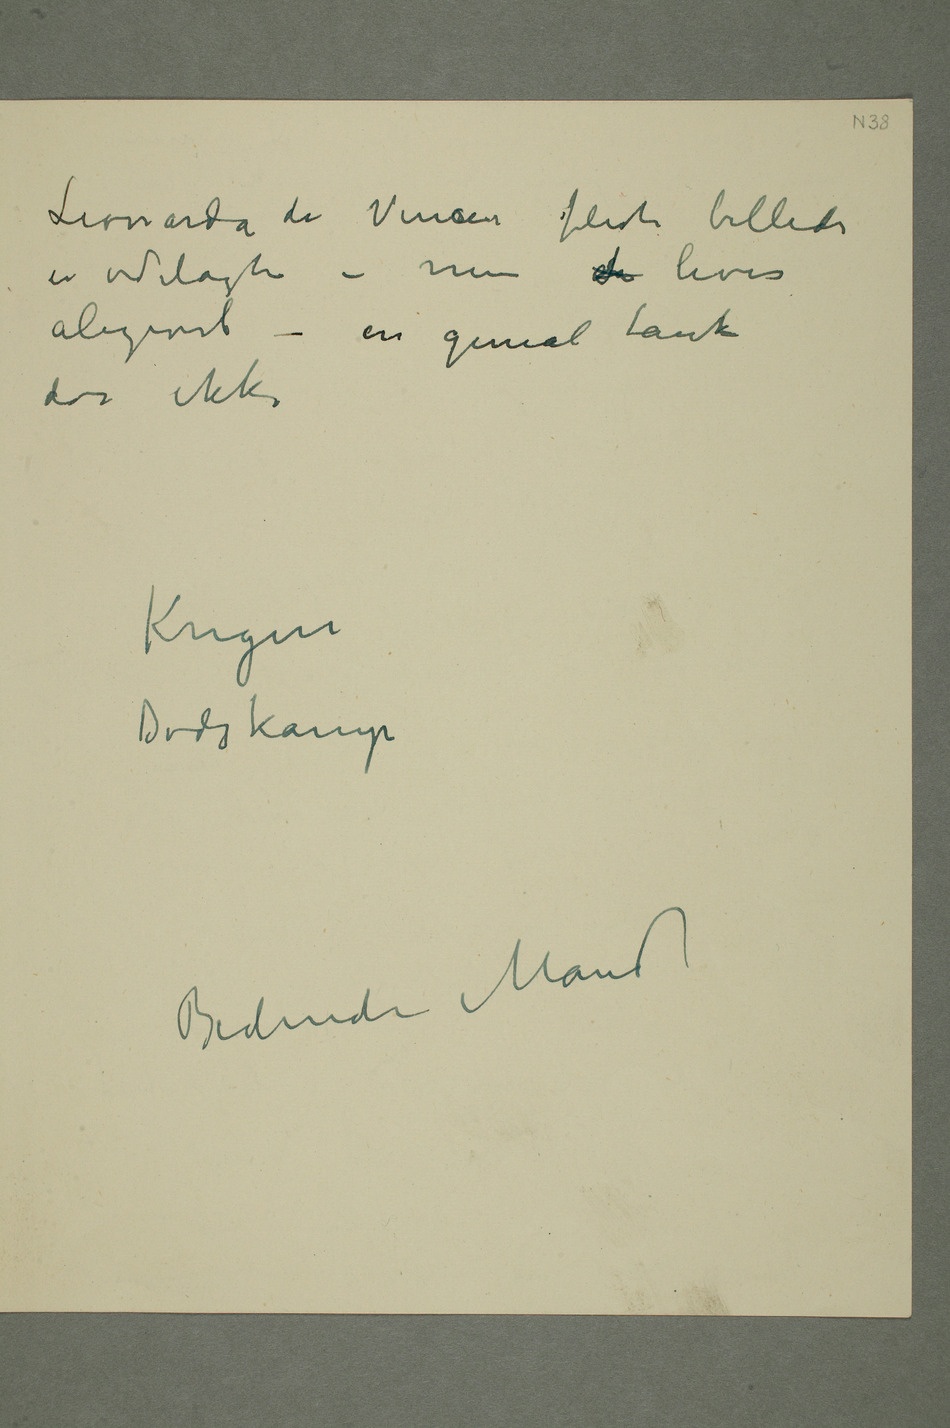
Leonardo da Vinscis fleste billeder
er ødelagte – men de lever
aligevel – en
genial tanke
dør ikke
Krigen
Dødskamp
Badende